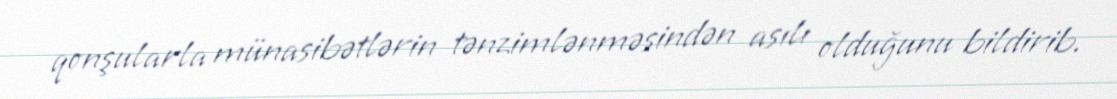
qonşularla münasibətlərin tənzimlənməsindən asılı olduğunu bildirib.